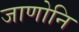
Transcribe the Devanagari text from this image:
जाणोनि